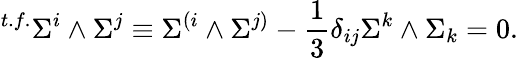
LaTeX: {}^{t.f.}\Sigma^{i}\wedge\Sigma^{j}\equiv\Sigma^{(i}\wedge\Sigma^{j)}-{\frac{1}{3}}\delta_{ij}\Sigma^{k}\wedge\Sigma_{k}=0.